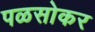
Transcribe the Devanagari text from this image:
पळसोकर